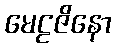
မေဠဇိနော